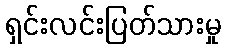
ရှင်းလင်းပြတ်သားမှု